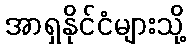
အာရှနိုင်ငံများသို့